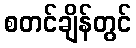
စတင်ချိန်တွင်